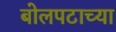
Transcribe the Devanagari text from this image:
बोलपटाच्या